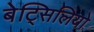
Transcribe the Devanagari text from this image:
बेट्सिलियो